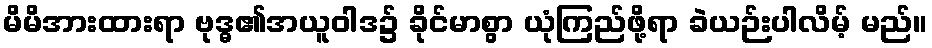
မိမိအားထားရာ ဗုဒ္ဓ၏အယူဝါဒ၌ ခိုင်မာစွာ ယုံကြည်ဖို့ရာ ခဲယဉ်းပါလိမ့် မည်။